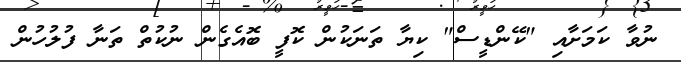
ނުވާ ކަމަށާއި "ކޭންޑީސް" ކިޔާ ތަނަކުން ކޮފީ ބޮއެގެން ނުކުތް ތަނާ ފުލުހުން